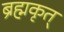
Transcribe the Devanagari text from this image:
ब्रह्मकृत्